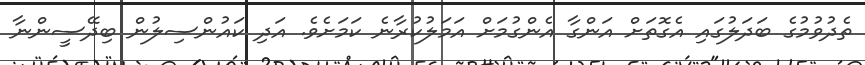
ތެދުވުމުގެ ބަދަލުގައި އެގޮތަށް އަންގާ އެންގުމަށް އަމަލުކުރާނެ ކަމަށެވެ. އަދި ކައުންސިލުން ބިދޭސީންނާ